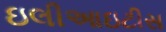
ઇલીઆઇટીસ